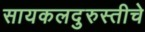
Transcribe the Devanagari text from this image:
सायकलदुरुस्तीचे